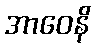
အာဝေနိ